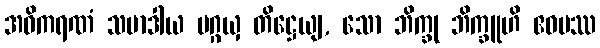
အဓိကရဏံ သမာဒါယ ပဂ္ဂယှ တိဋ္ဌေယျ, သော ဘိက္ခု ဘိက္ခူဟိ ဧဝမဿ